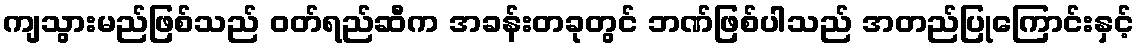
ကျသွားမည်ဖြစ်သည် ဝတ်ရည်ဆီက အခန်းတခုတွင် ဘဏ်ဖြစ်ပါသည် အတည်ပြုကြောင်းနှင့်